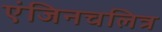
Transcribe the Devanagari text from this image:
एंजिनचलित्र